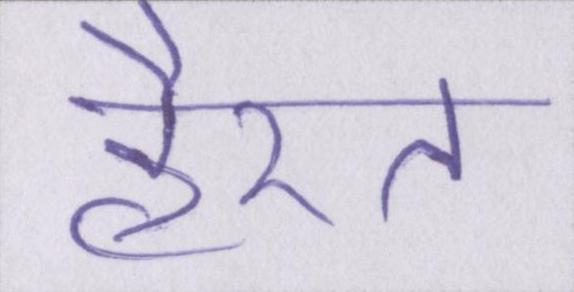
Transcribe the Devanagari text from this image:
हैरत